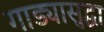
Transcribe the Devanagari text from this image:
गाड्यासुद्धा